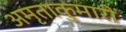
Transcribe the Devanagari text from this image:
अमृताकुमारी